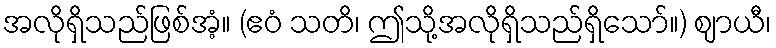
အလိုရှိသည်ဖြစ်အံ့။ (ဧဝံ သတိ၊ ဤသို့အလိုရှိသည်ရှိသော်။) ဈာယီ၊